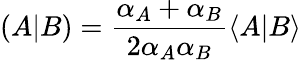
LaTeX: (A|B)=\frac{\alpha_{A}+\alpha_{B}}{2\alpha_{A}\alpha_{B}}\langle A|B\rangle